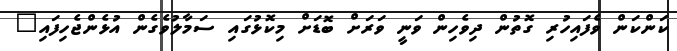
ކަންކަން ވެފައިހުރި ގޮތުން ދިވެހިން ވަނީ ވަރަށް ބޮޑަށް މިކޮޅުގައި ސަމާލުވެގެން އުޅެންޖެހިފައި"